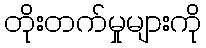
တိုးတက်မှုများကို